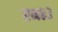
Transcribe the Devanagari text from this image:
एम८३